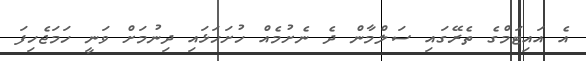
އެ އައިޓަމްގެ ތެރޭގައި ސަލްމާން ދެ ނެށުމެއް ހުށަހަޅައި ދިނުމަށް ވަނީ ހަމަޖެހިފަ